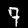
Digit: 7